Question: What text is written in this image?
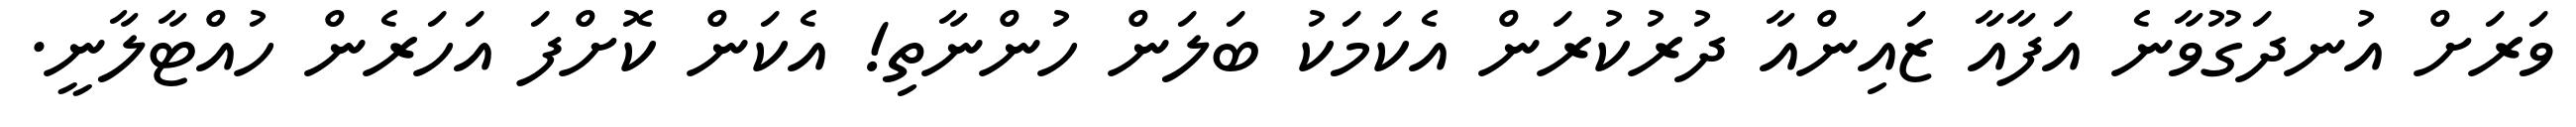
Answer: ވަރަށް އުނދަގޫވާނެ އަފާއާ ޒައިންއާ ދުރުކުރަން އެކަމަކު ބަލަން ހުންނާތި! އެކަން ކޮށްފަ އަހަރެން ހުއްޓާލާނީ.